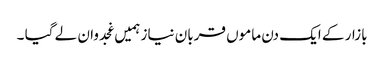
بازار کے ایک دن ماموں قربان نیاز ہمیں غجدوان لے گیا ۔